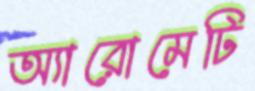
অ্যারোমেটি